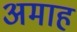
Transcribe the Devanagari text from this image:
अमाह